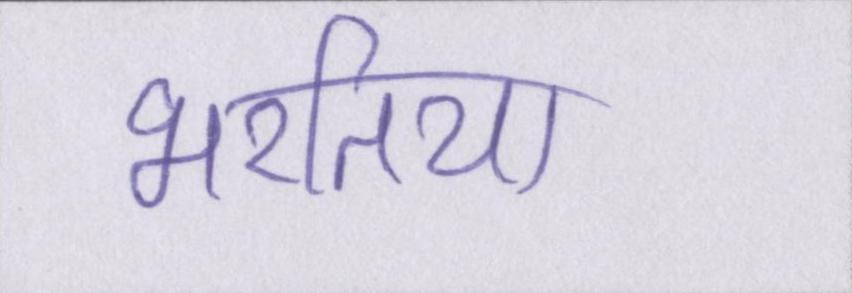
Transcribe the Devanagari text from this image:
भरतिया